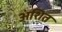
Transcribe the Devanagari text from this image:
अंशित